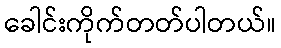
ခေါင်းကိုက်တတ်ပါတယ်။